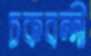
চকবন্দী